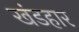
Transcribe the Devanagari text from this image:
खंडहार